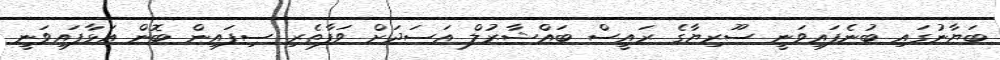
ބަޔާނުގައި ބުނެފައިވަނީ ސޫރިޔާގެ ރައީސް ބައްޝާރުލް އަސަދަށް ވަފާތެރި ސިފައިން ބޮން އަޅާފައިވަނީ